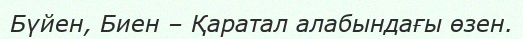
Бүйен, Биен – Қаратал алабындағы өзен.